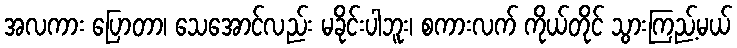
အလကား ပြောတာ၊ သေအောင်လည်း မခိုင်းပါဘူး၊ စကားလက် ကိုယ်တိုင် သွားကြည့်မယ်